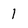
Character: 1